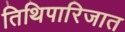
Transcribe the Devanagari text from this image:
तिथिपारिजात